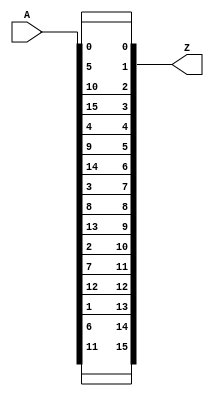
module invShiftRows(/*AUTOARG*/
   // Outputs
   Z,
   // Inputs
   A
   );

   input [15:0] A;
   output [31:0] Z;

   assign Z[0] = A[0];
   assign Z[1] = A[5];
   assign Z[2] = A[10];
   assign Z[3] = A[15];
   assign Z[4] = A[4];
   assign Z[5] = A[9];
   assign Z[6] = A[14];
   assign Z[7] = A[3];
   assign Z[8] = A[8];
   assign Z[9] = A[13];
   assign Z[10] = A[2];
   assign Z[11] = A[7];
   assign Z[12] = A[12];
   assign Z[13] = A[1];
   assign Z[14] = A[6];
   assign Z[15] = A[11];
   

endmodule